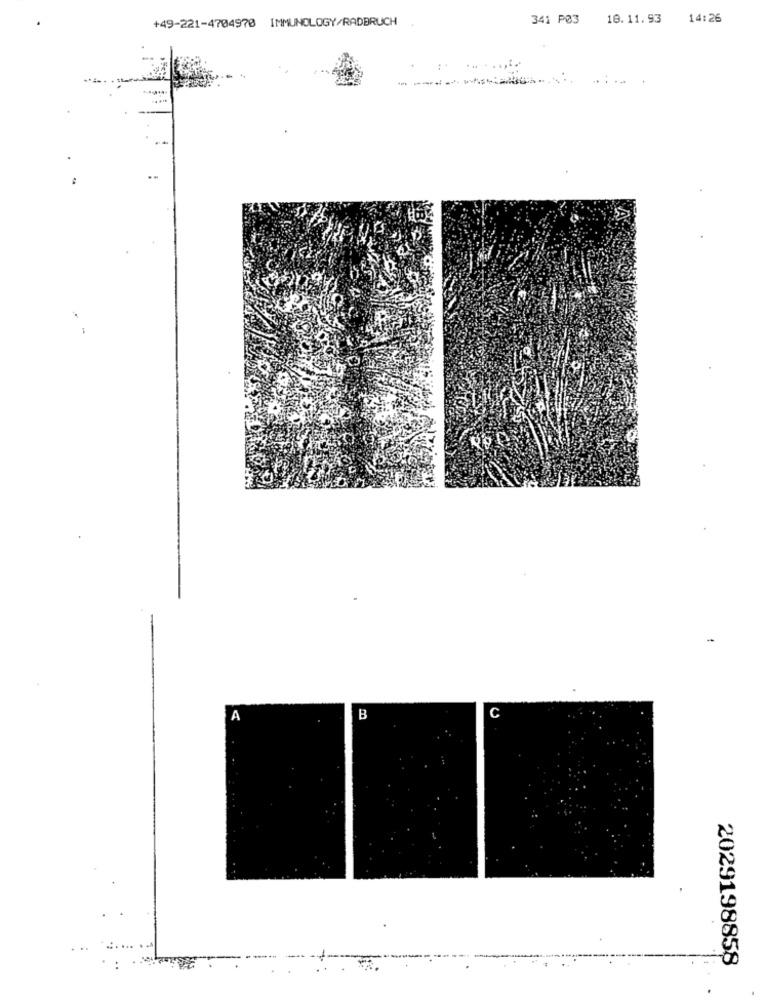
+49-221-4704970 IMMUNOLOGY/RADBRUCH .
341 P03
18.11.93
14:26
-----
C
A
B
2029198858